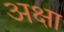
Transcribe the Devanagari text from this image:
अक्षा